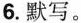
6.默写。